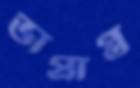
ভাপ্রাপ্ত